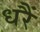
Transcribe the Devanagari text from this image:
धरैं